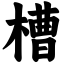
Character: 槽